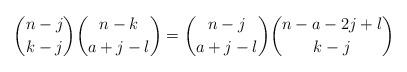
LaTeX: \begin{align*}\binom{n-j}{k-j}\binom{n-k}{a+j-l}=\binom{n-j}{a+j-l}\binom{n-a-2j+l}{k-j}\end{align*}